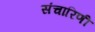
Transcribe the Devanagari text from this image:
संचारिणी